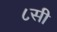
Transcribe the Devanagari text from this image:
८सी